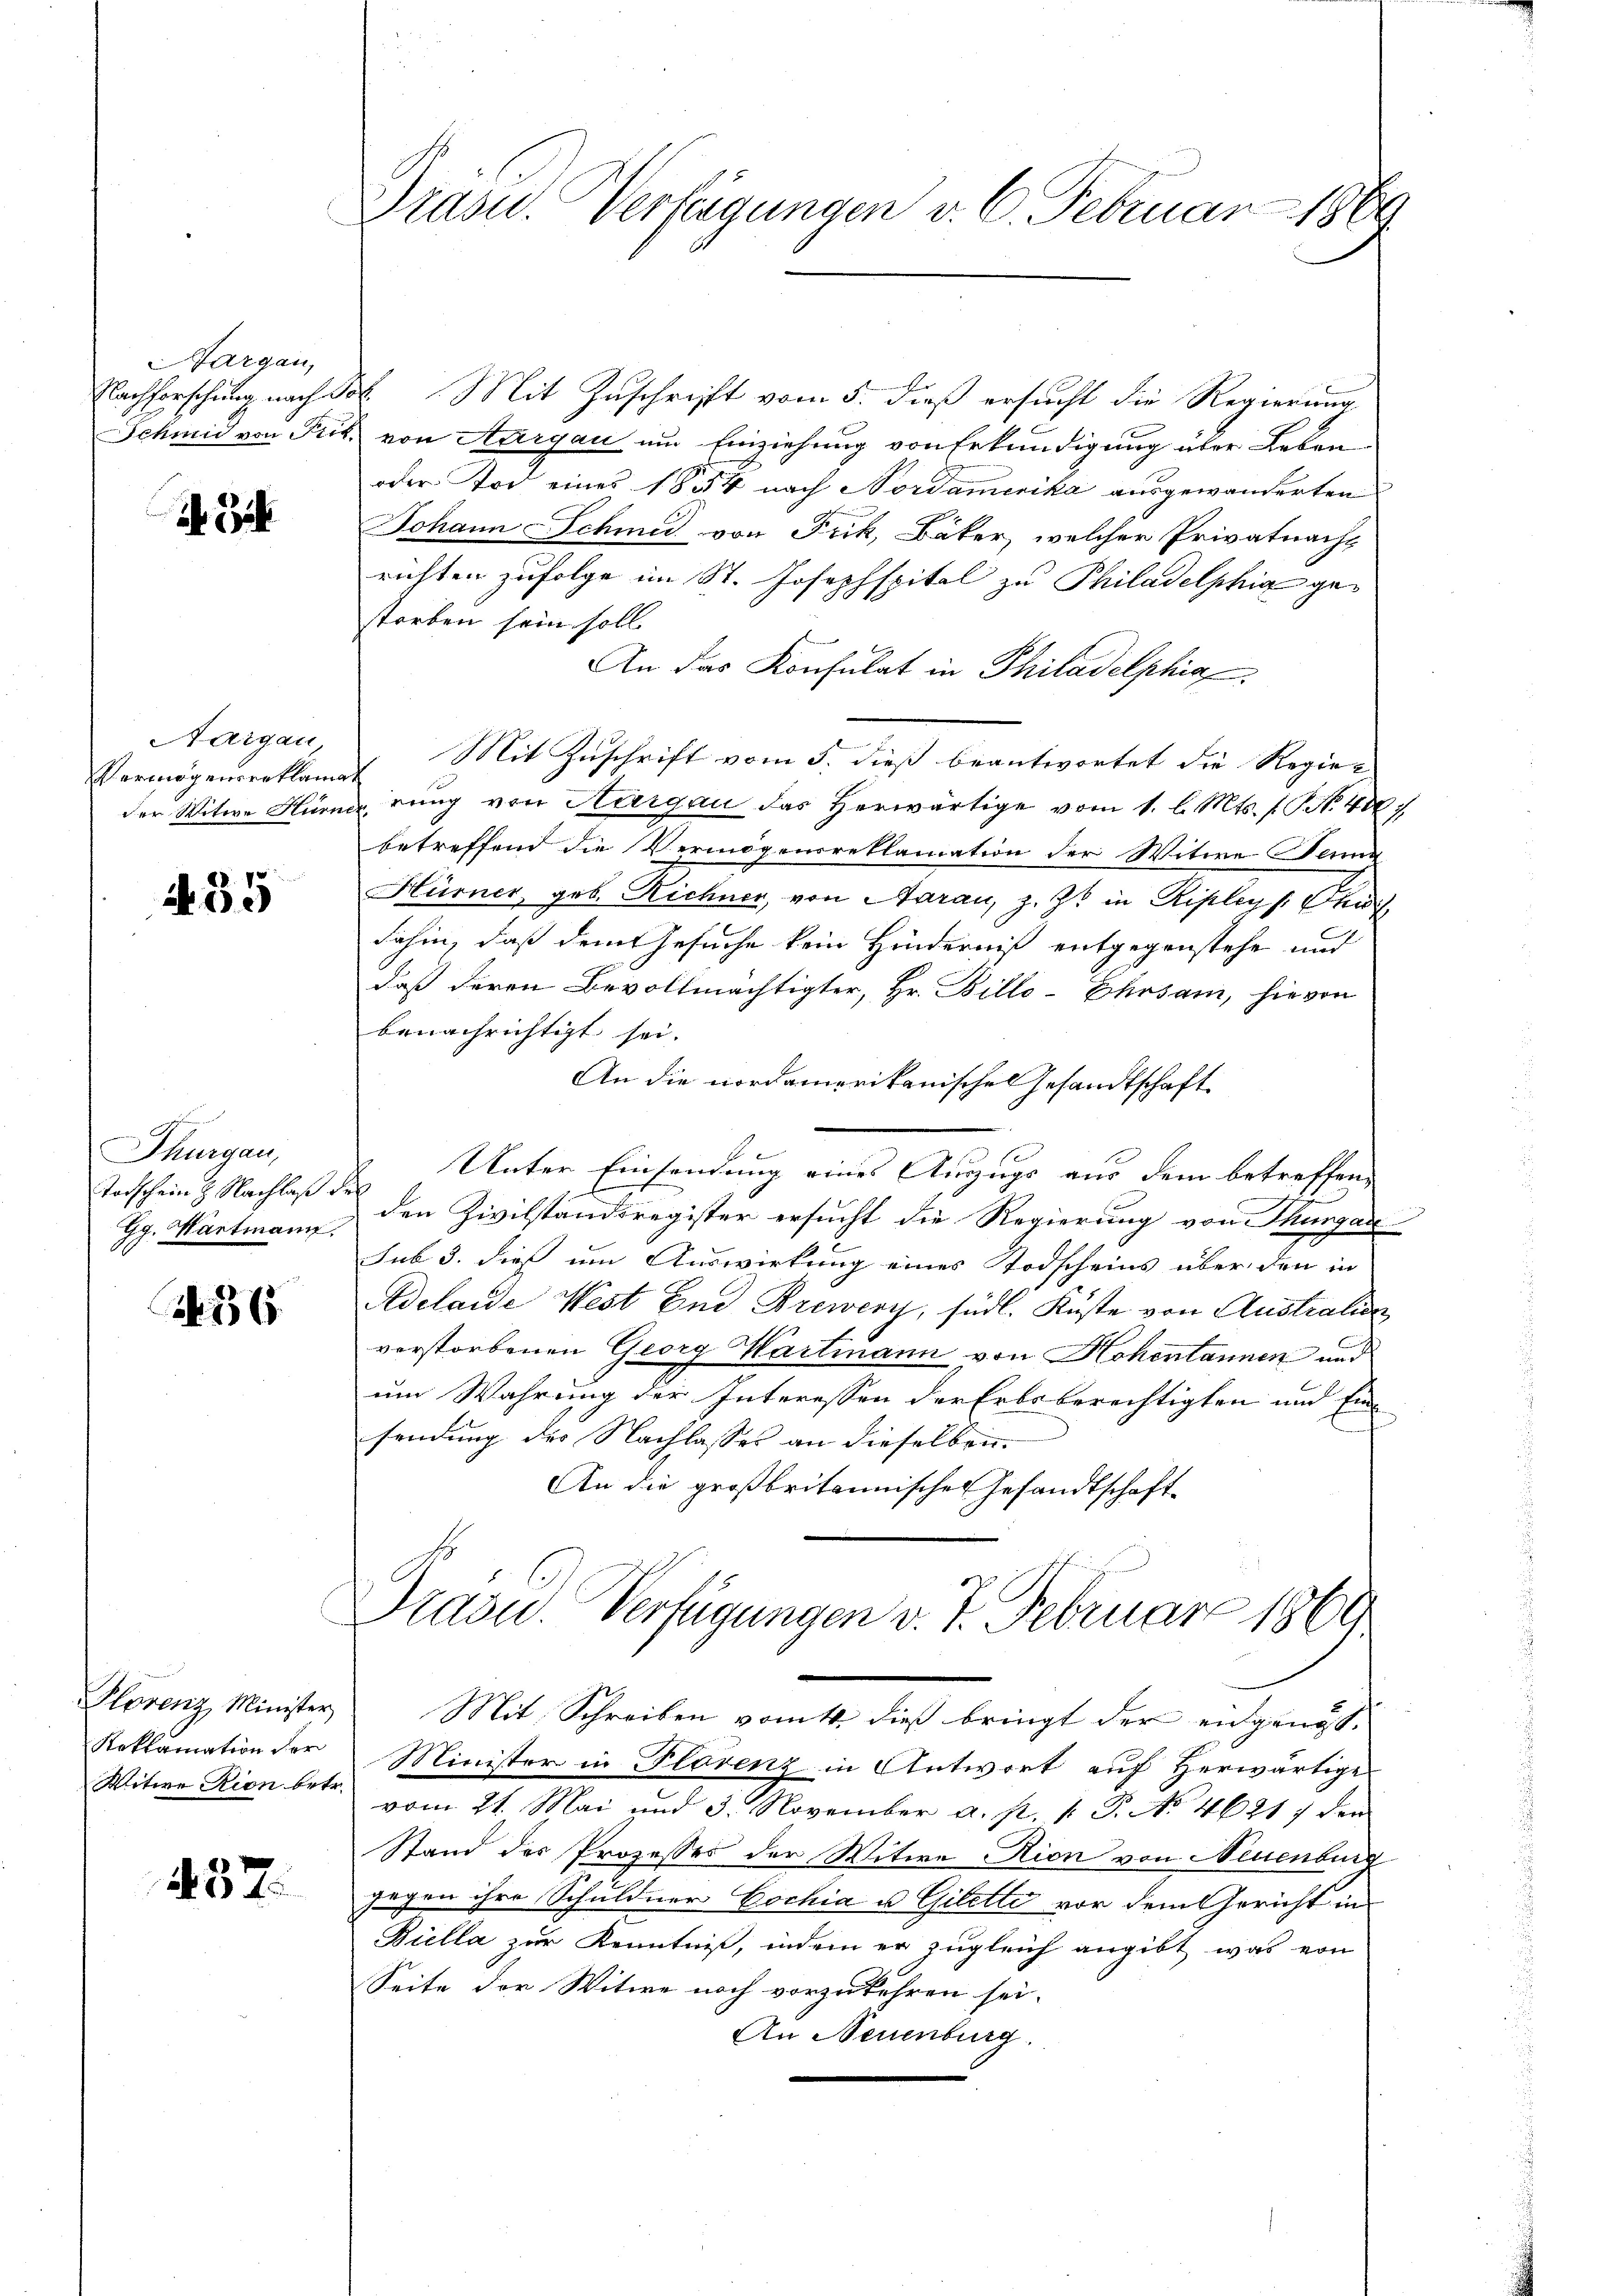
Aargau,

2 25

Aargau
Vermögenserklamat
der Witwe Hürne.

A. 35

Thurgau,
Torschein & Nachlaß der
Gg. Wartmann,

2236.

Plorenz Minister
Reklamation der
Witwe Rion betr.

437.

Präsid.. Verfügungen v. 6. Februar 1869

Nachforschung nach Jos. Mit Zuschrift vom 5. dieß ersucht die Regierung
Jchmid von Frk. von Aargau um Einziehung von Erkundigung über Leben
oder Tod eines 1834 nach Nordamerika ausgewanderten
Johann Schmid von Frik, Bäker, welcher Privatnacht
richten zufolge im St. Josephspital zu Philadelphia gestorben sein soll.
An das Konsulat in Philadelphia
Mit Zuschrift vom 5. dieß beantwortet die Regier
rung von Hargau das herwärtige vom 1. l. Mts. f. No. 400
betreffend die Vermögensreklamation der Witwe Jennz
Hürner geb. Richner, von Aarau, z. Zt. in Ripleys Thur
dahin, daß dem Gesuche kein Hinderniß entgegenstehe und
daß deren Bevollmächtigter, Hr. Billo-Ehrsam, hievon
benachrichtigt sei.
An die nordamerikanische Gesandtschaft
1
 Unter Einsendung eines Auszugs aus dem betreffen,
den Zivilstandsregister ersucht die Regierung von Thurgau-
sub 3. dieß um Auswirkung eines Todscheins über den in
Adelaide West und Brewenz, südl. Küste von Australien,
verstorbenen Georg Wartmann von Hohentannen und
um Wahrung der Interessen der Erbsberechtigten und Einsendung der Nachlasses an dieselben.
An die großbritannisches Gesandtschaft
Prazu. Verfügungen v. 7. Februar 1869
Mit Schreiben vom 1. dieß bringt der eidgenöss.
Minister in Florenz in Antwort auf Herwärtige
vom 21. Mai und 3. November a. p. 1. P. No 46217 den
Stand des Prozesses der Witwe Kion von Neuenburg
gegen ihre Schuldner Cochia u Gilette vor dem Gericht in
Büella zur Kenntniß, indem er zugleich angibt, was von
Seite der Witwe noch vorzukehren sei.
An Neuenburg